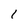
Character: 1